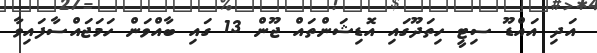
އަދި އައްޑޫ ސިޓީ ހިތަދޫގައި އޮޑިޝަންތައް ޖޫން 13 ގައި ބާއްވަން ހަމަޖައްސާފައިވާ